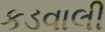
કડવાલી